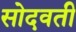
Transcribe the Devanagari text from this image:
सोदवती